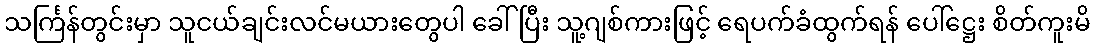
သင်္ကြန်တွင်းမှာ သူငယ်ချင်းလင်မယားတွေပါ ခေါ်ပြီး သူ့ဂျစ်ကားဖြင့် ရေပက်ခံထွက်ရန် ပေါ်ဋ္ဌေး စိတ်ကူးမိ